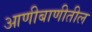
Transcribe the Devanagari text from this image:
आणीबाणीतील